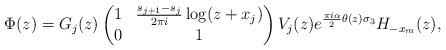
LaTeX: \begin{align*}\Phi(z) = G_{j}(z) \begin{pmatrix}1 & \frac{s_{j+1}-s_{j}}{2\pi i} \log (z+x_{j}) \\ 0 & 1\end{pmatrix} V_{j}(z) e^{\frac{\pi i \alpha}{2}\theta(z)\sigma_{3}}H_{-x_{m}}(z),\end{align*}